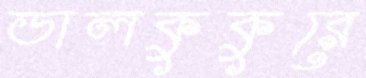
ডালকুকুরে